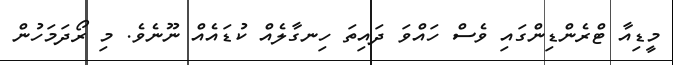
މީޑިއާ ޓްރެންޑިންގައި ވެސް ހައްވަ ދައިތަ ހިނގާލެއް ކުޑައެއް ނޫނެވެ. މި ރޯދަމަހުން